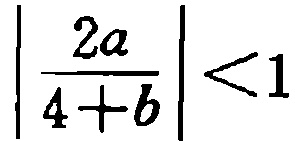
$\left|\frac{2a}{4 + b}\right| < 1$